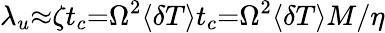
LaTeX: \lambda_{u}{\approx}{\zeta}t_{c}{=}\Omega^{2}{\langle}{\delta}T{\rangle}t_{c}{=}\Omega^{2}{\langle}{\delta}T{\rangle}M/\eta